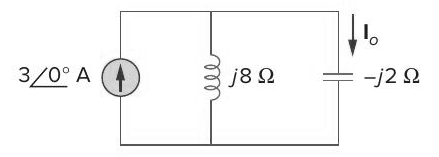
Components in this circuit:
current source
inductor
capacitor